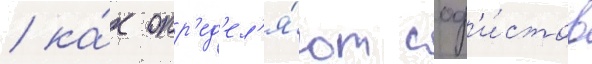
/ ка́к опр'ед'ел'я́ют соф'и́стов